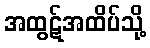
အထွဋ်အထိပ်သို့